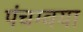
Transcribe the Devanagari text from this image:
पंचग्वया